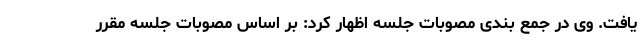
یافت. وی در جمع بندی مصوبات جلسه اظهار کرد: بر اساس مصوبات جلسه مقرر